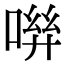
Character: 𠶽